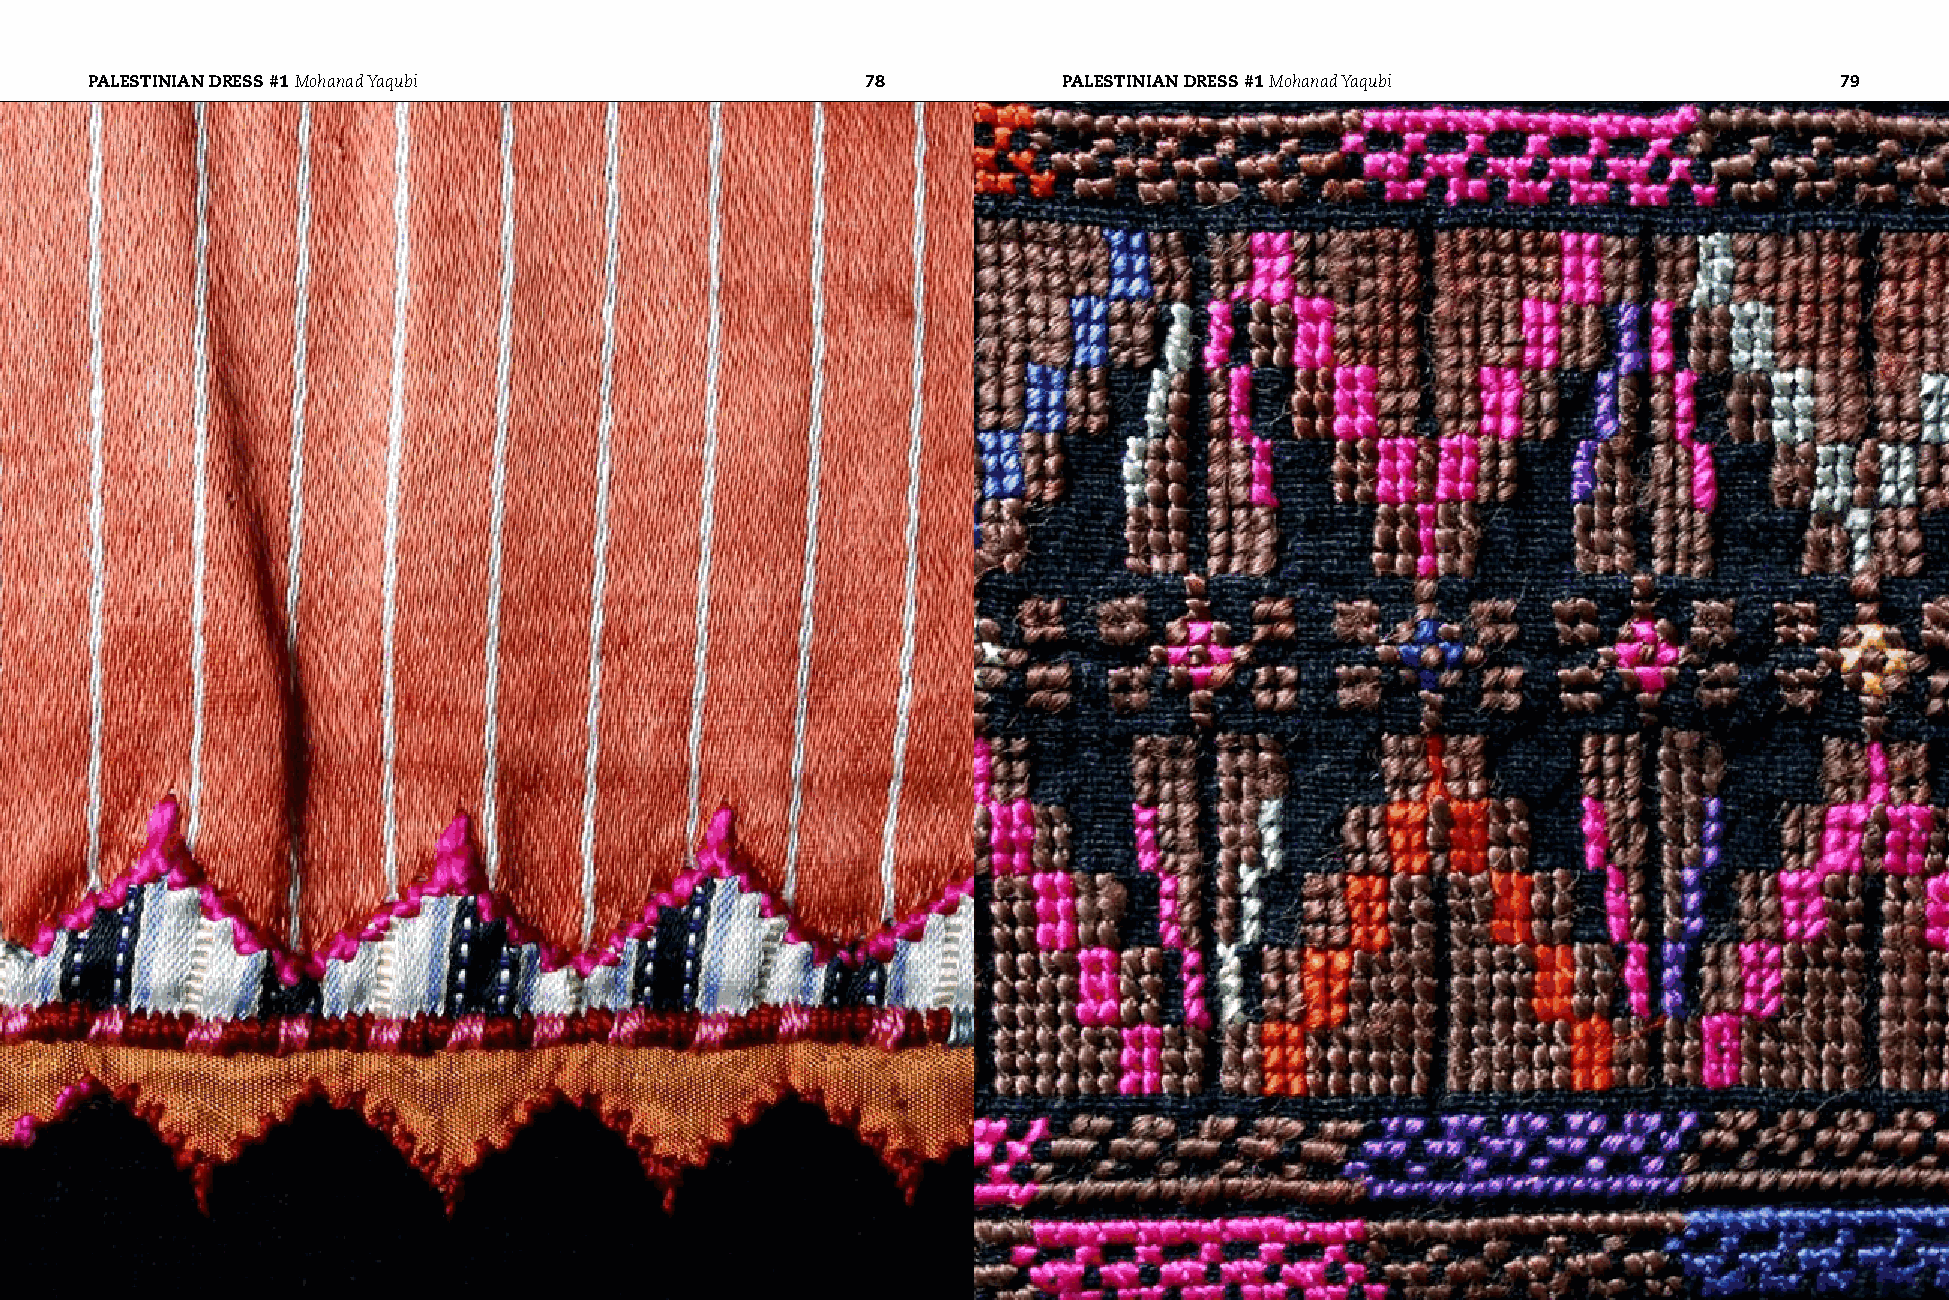
PAlESTINIAN dRESS #1 Mohanad Yaqubi                7788         PAlESTINIAN dRESS #1 Mohanad Yaqubi                 7799